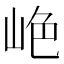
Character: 𫵺